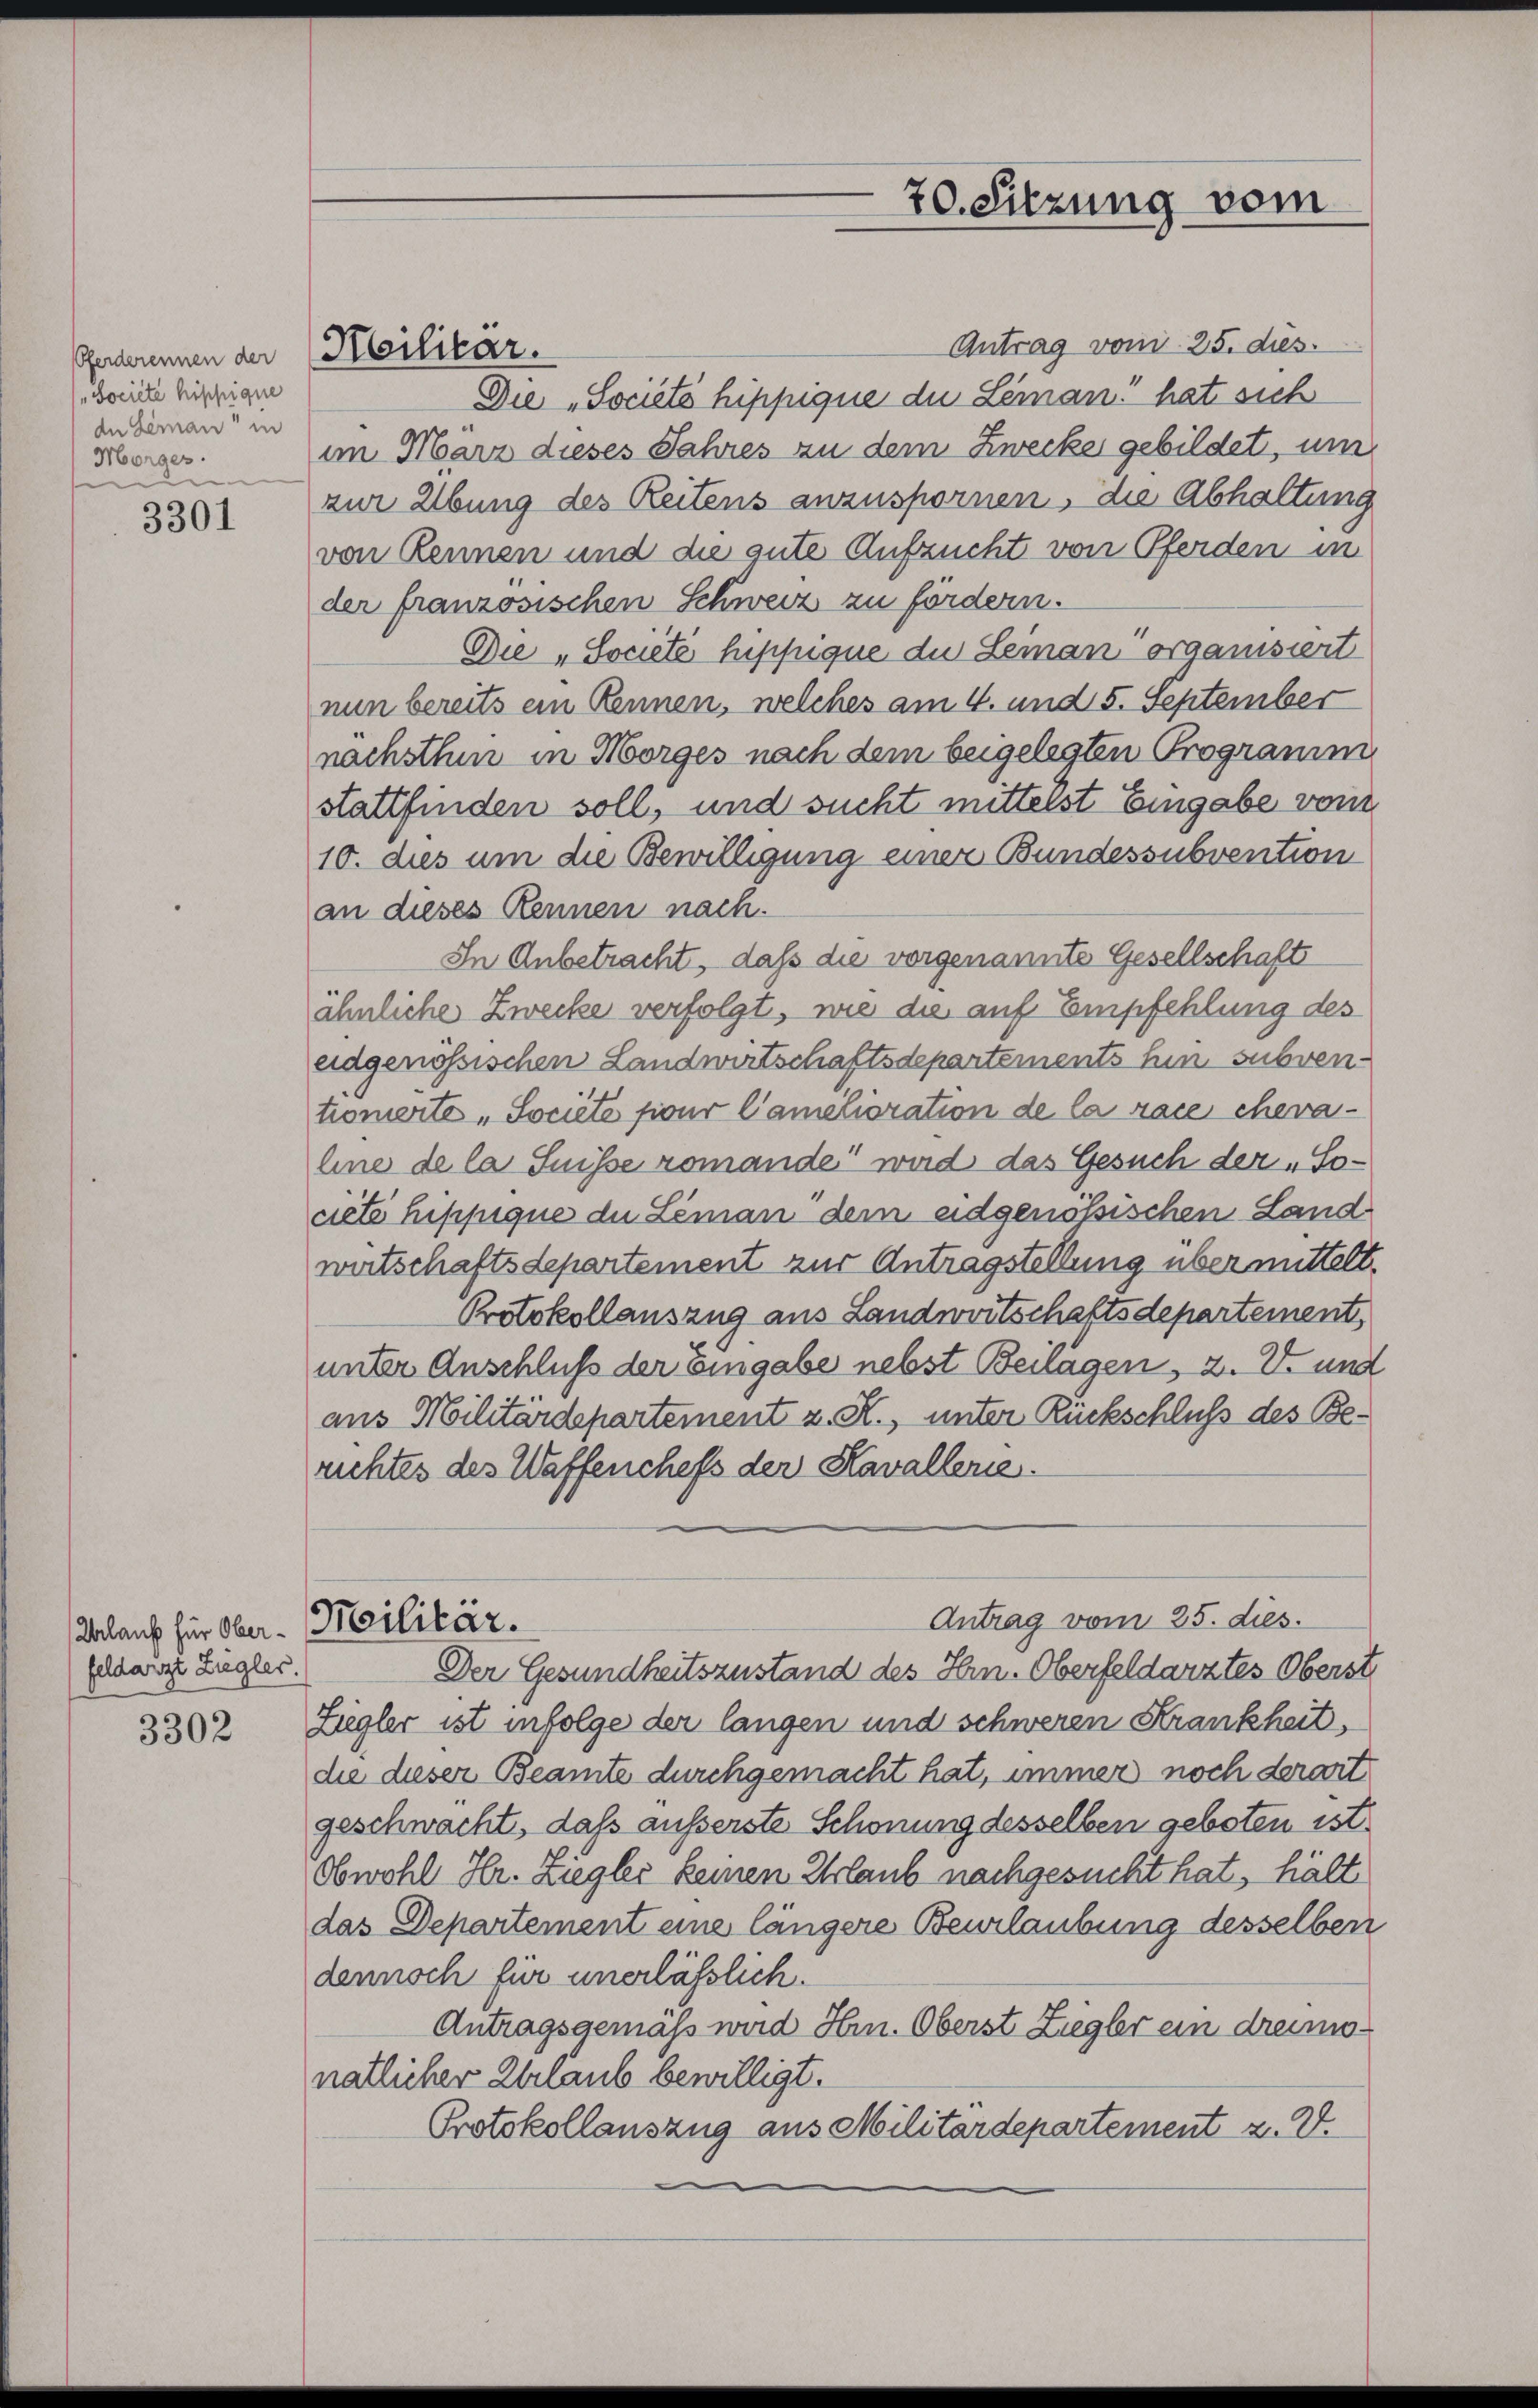
Pferderennen der
Société hippigne
dn Leman in
Morges.

3301

feldarzt Ziegler.

3302

Heilitar.

70. Sitzung vom

Antrag vom 25. dies.
Die „Societo hippique du Leman hat sich
im März dieses Jahres zu dem Zwecke gebildet, um
zur Übung des Reitens anzuspornen, die Abhaltung
von kennen und die gute Aufzucht von Pferden in
der französischen Schweiz zu fördern.
Die „Société hipfique du Leinan organisiert
nun bereits ein Rennen, welches am 4. und 5. September
nachsthin in Morges nach dem beigelegten Programm
stattfinden soll, und sucht mittelst Eingabe vom
10. dies um die Bewilligung einer Bundessubvention
an dieses Rennen nach.
In Anbetracht, daß die vorgenannte Gesellschaft
ähnliche Zwecke verfolgt, wie die auf Empfehlung des
eidgenössischen Landwirtschaftsdepartements hin subventionierte „Societe sicur Camelioration de la race cheva
line de la Suisse romande“ wird das Gesuch der „Societe hippique du Léman dem eidgenössischen Landwirtschaftsdepartement zur Antragstellung übermittelt.
Protokollauszug aus Landwirtschaftsdepartement,
unter Anschluß der Eingabe nebst Beilagen, 2. V. und
aus Militärdepartement z. R., unter Rückschluß des Berichtes des Waffenchefs der Kavallerie.
Antrag vom 25. dies
Urlauf für Ober-Militär.
Der Gesundheitszustand des Hrn. Oberfeldarztes Oberst
Ziegler ist infolge der langen und schweren Krankheit,
die dieser Beamte durchgemacht hat, immer noch derart
geschwacht, daß äußerste Schonung desselben geboten ist.
Obwohl Hr. Ziegler keinen Erlaub nachgesucht hat, hält
das Departement eine längere Beurlaubung desselben
dennoch für unerlässlich.
Antragsgemäß wird Hrn. Oberst Ziegler ein dreimonatlicher Urlaub bewilligt.
Protokollauszug aus Militärdepartement z. B.